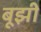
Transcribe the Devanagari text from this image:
बूझी